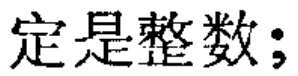
定是整数;